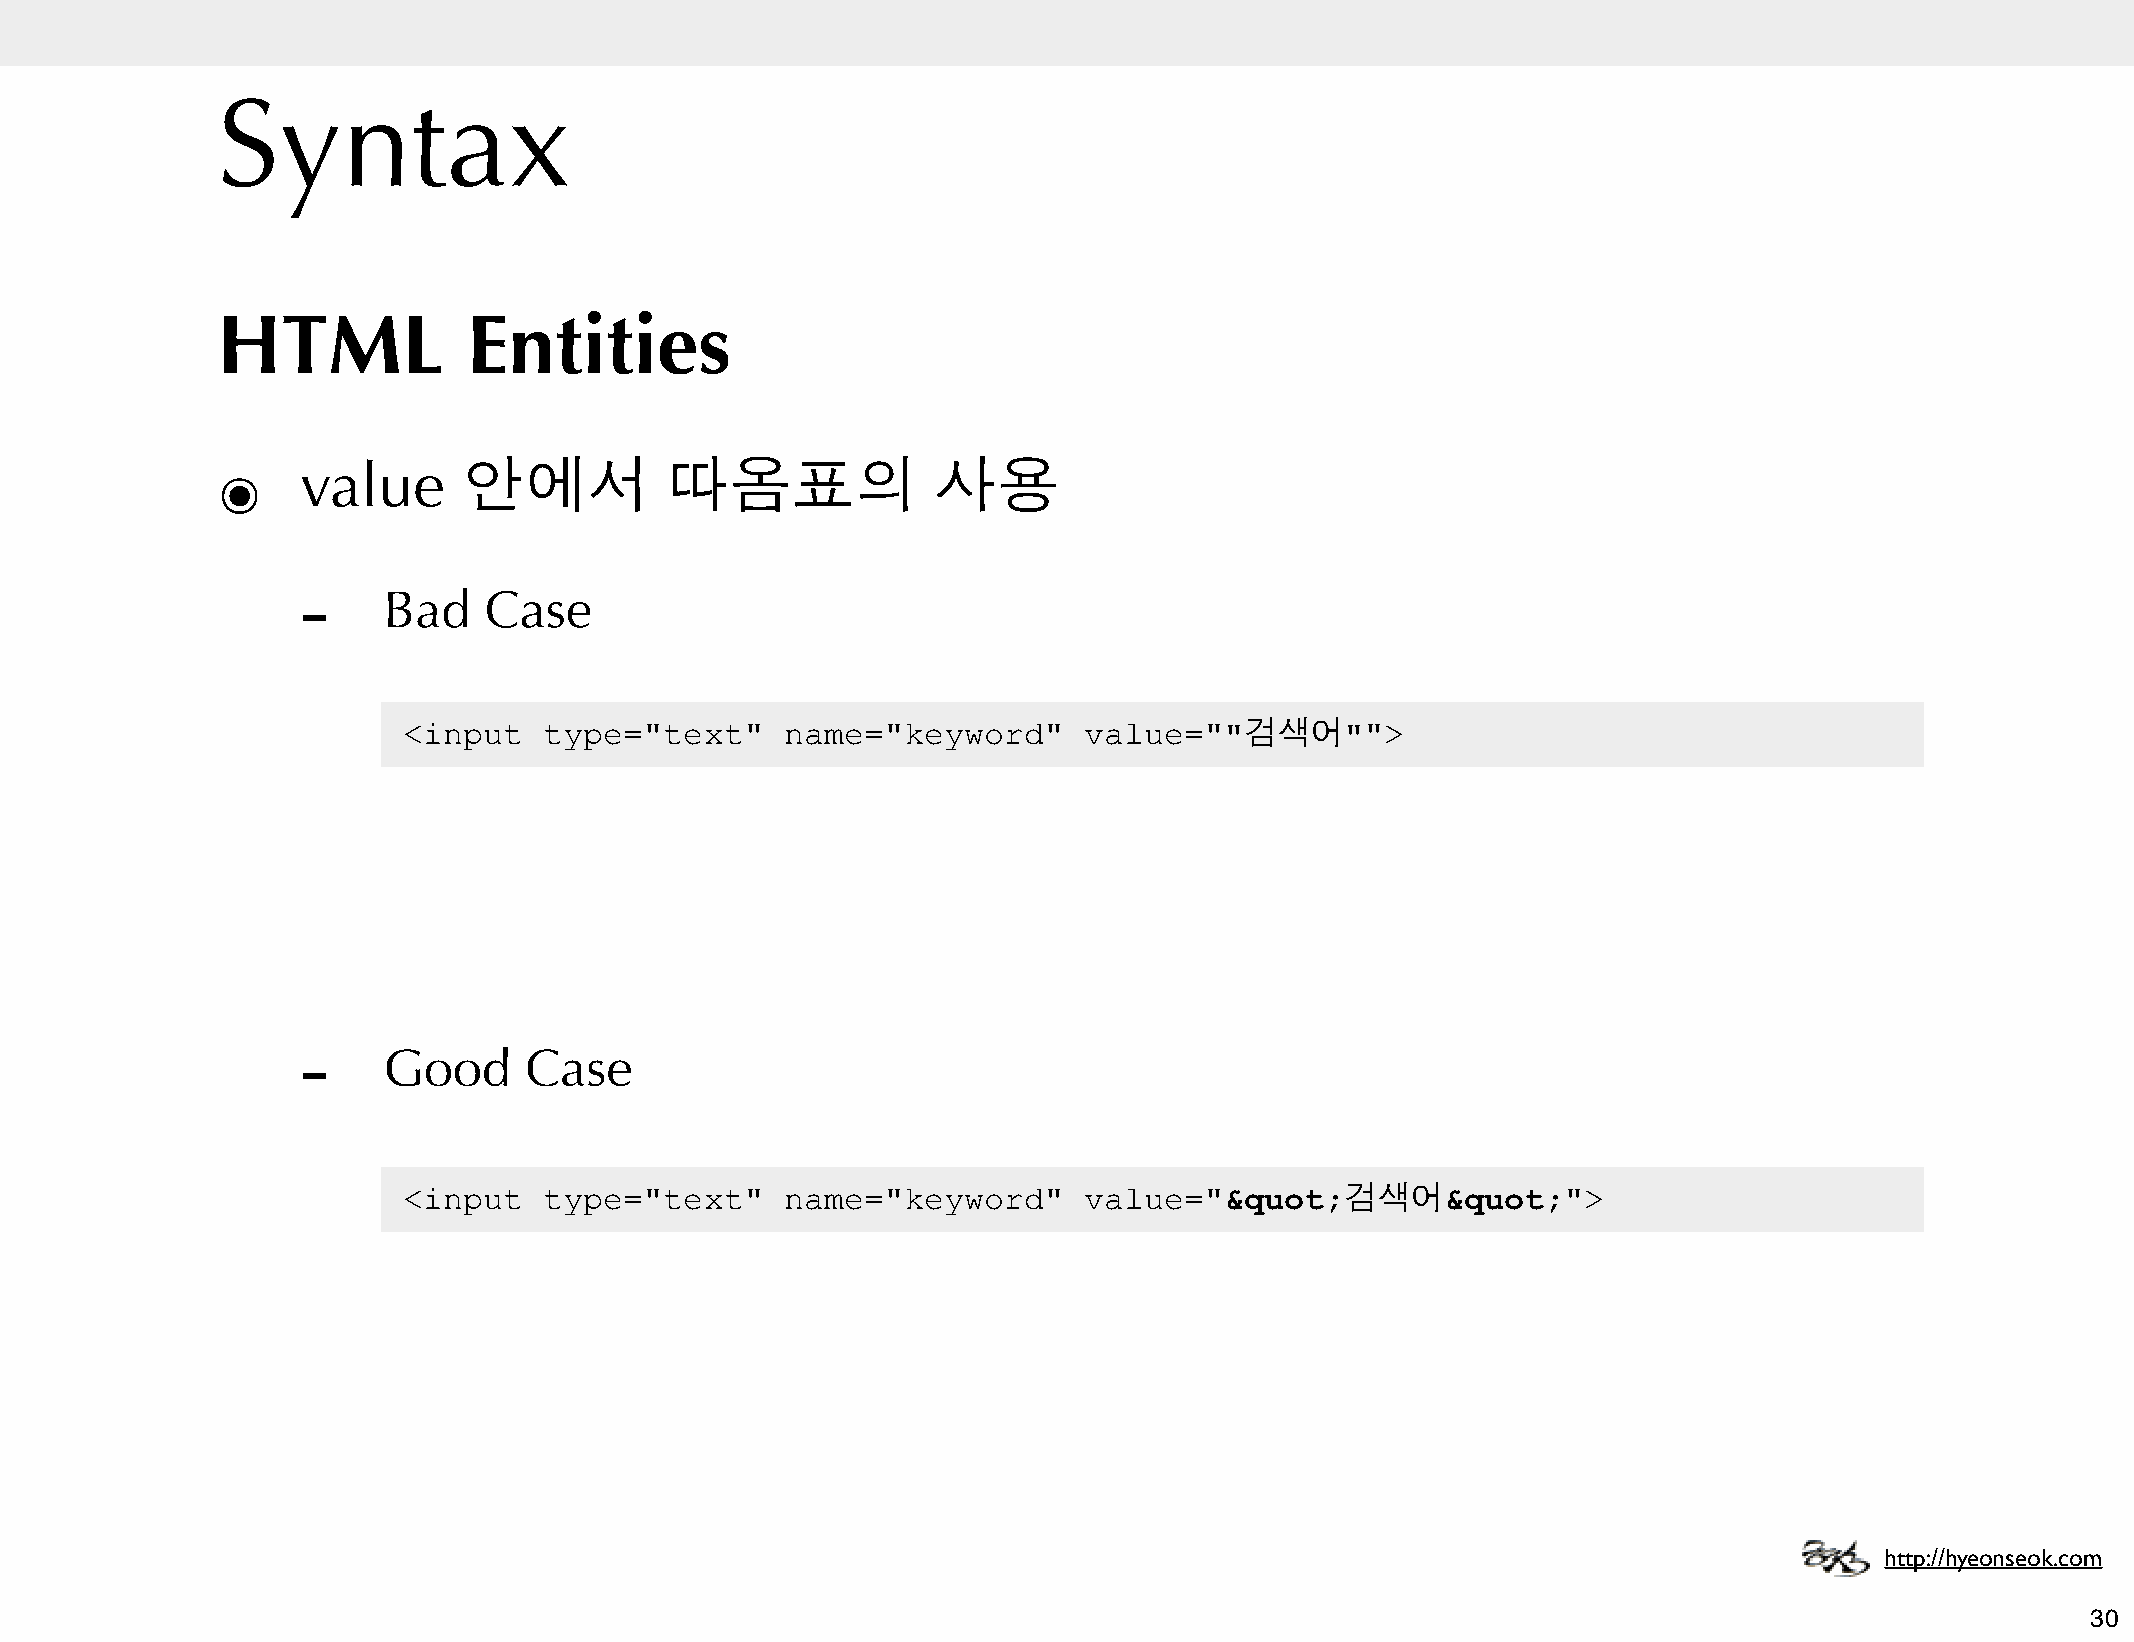
Syntax
 HTML             Entities
 ๏     value      안에서          따옴표의              사용
 -
 Bad    Case
 <input   type="text"     name="keyword"      value=""검색어"">
 -
 Good      Case
 <input   type="text"     name="keyword"      value="&quot;검색어&quot;">
 http://hyeonseok.com
 30